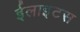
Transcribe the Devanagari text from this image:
ईलाइटस